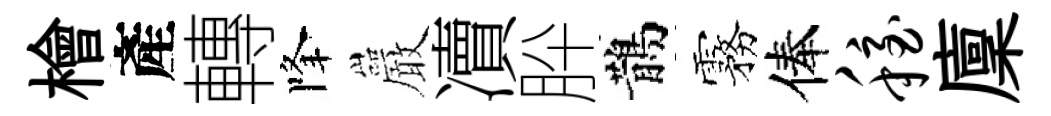
檜產轉降巖凟肸鵲霧俸稳廩